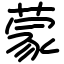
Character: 蒙